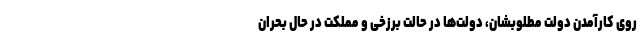
روی کارآمدن دولت مطلوبشان، دولت‌ها در حالت برزخی و مملکت در حال بحران